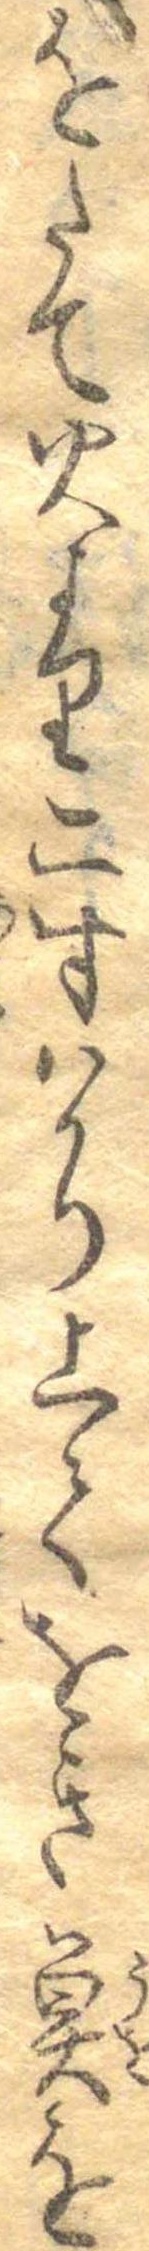
をたて火より二寸はかり上てをき魚を